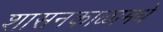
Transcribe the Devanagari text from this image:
शासनकाळामधे